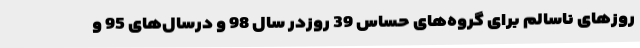
روزهای ناسالم برای گروه‌های حساس 39 روزدر سال 98 و درسال‌های 95 و